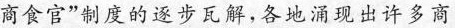
商食官“制度的逐步瓦解，各地涌现出许多商